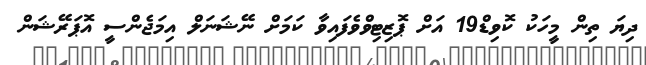
ދިޔަ ތިން މީހަކު ކޮވިޑް19 އަށް ޕޮޒިޓިވްވެފައިވާ ކަމަށް ނޭޝަނަލް އިމަޖެންސީ އޮޕަރޭޝަން